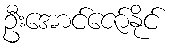
ဦးအောင်ဇော်နိုင်